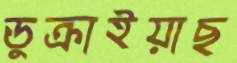
ডুক্‌রাইয়াছ